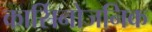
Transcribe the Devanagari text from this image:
कार्सिनोजनिक